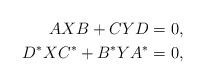
LaTeX: \begin{align*} AXB+CYD&=0,\\D^*XC^*+B^*YA^*&=0,\end{align*}